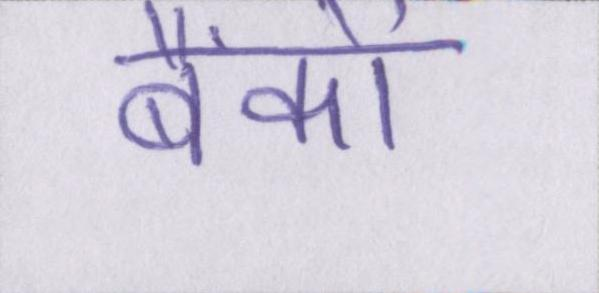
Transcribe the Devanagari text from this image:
बैंकों